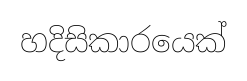
හදිසිකාරයෙක්